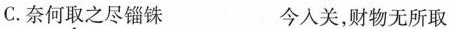
C.奈何取之尽锱铢 今入关，财物无所取